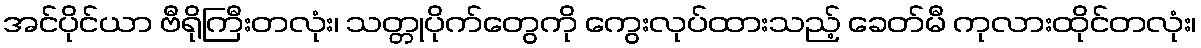
အင်ပိုင်ယာ ဗီရိုကြီးတလုံး၊ သတ္တုပိုက်တွေကို ကွေးလုပ်ထားသည့် ခေတ်မီ ကုလားထိုင်တလုံး၊